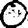
Digit: 0